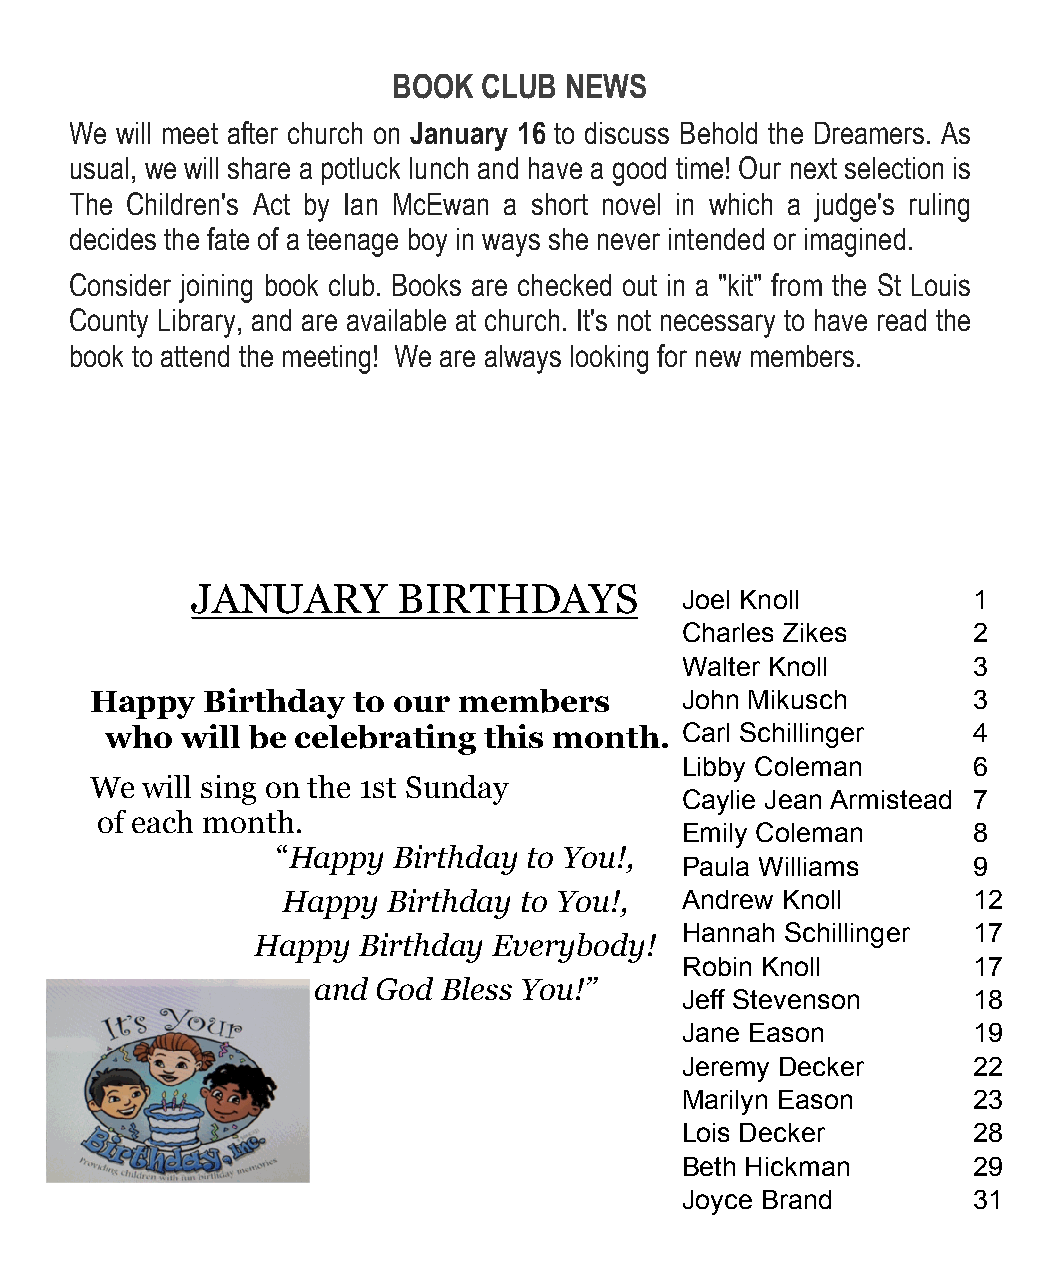
BOOK  CLUB NEWS
 We will meet after church on January 16 to discuss Behold the Dreamers. As
 usual, we will share a potluck lunch and have a good time! Our next selection is
 The Children's Act by Ian McEwan a short novel in which a judge's ruling
 decides the fate of a teenage boy in ways she never intended or imagined.
 Consider joining book club. Books are checked out in a "kit" from the St Louis
 County Library, and are available at church. It's not necessary to have read the
 book to attend the meeting! We are always looking for new members.
 JANUARY      BIRTHDAYS
 Joel Knoll         1
 Charles Zikes      2
 Walter Knoll       3
 Happy  Birthday  to our members        John Mikusch       3
 who  will be celebrating this month.  Carl Schillinger   4
 Libby Coleman      6
 We will sing on the 1st Sunday
 Caylie Jean Armistead 7
 of each month.
 Emily Coleman      8
 “Happy  Birthday to You!,
 Paula Williams     9
 Happy  Birthday to You!,  Andrew Knoll       12
 Hannah Schillinger 17
 Happy  Birthday Everybody!
 Robin Knoll        17
 and God Bless You!”
 Jeff Stevenson     18
 Jane Eason         19
 Jeremy Decker      22
 Marilyn Eason      23
 Lois Decker        28
 Beth Hickman       29
 Joyce Brand        31